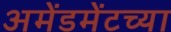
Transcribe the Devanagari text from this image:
अमेंडमेंटच्या